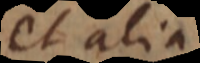
et alia